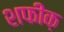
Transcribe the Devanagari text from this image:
शफीक़